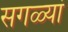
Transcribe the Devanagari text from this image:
सगळ्यां